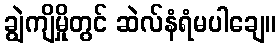
ချွဲကျိမှိုတွင် ဆဲလ်နံရံမပါချေ။